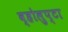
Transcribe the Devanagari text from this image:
व्होलुप्टा